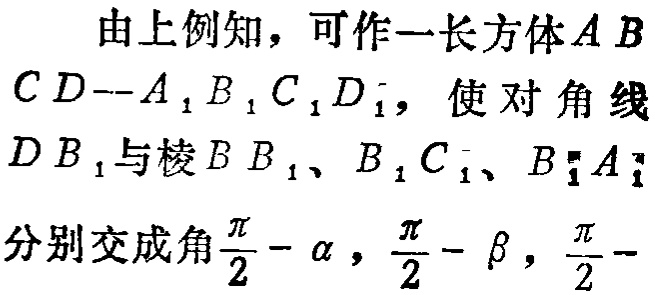
由上例知，可作一长方体\(ABCD - A_{1}B_{1}C_{1}D_{1}\)，使对角线\(DB_{1}\)与棱\(BB_{1}\)、\(B_{1}C_{1}\)、\(B_{1}A_{1}\)分别交成角\(\frac{\pi}{2} - \alpha\)，\(\frac{\pi}{2} - \beta\)，\(\frac{\pi}{2} -\)